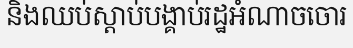
និងឈប់ស្តាប់បង្គាប់រដ្ឋអំណាចចោរ